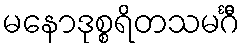
မနောဒုစ္စရိတသမင်္ဂီ